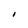
Character: I